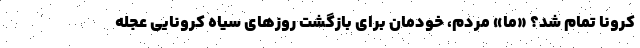
کرونا تمام شد؟ «ما» مردم، خودمان برای بازگشت روزهای سیاه کرونایی عجله